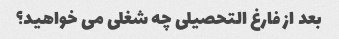
بعد از فارغ التحصیلی چه شغلی می خواهید؟